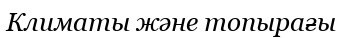
Климаты және топырағы